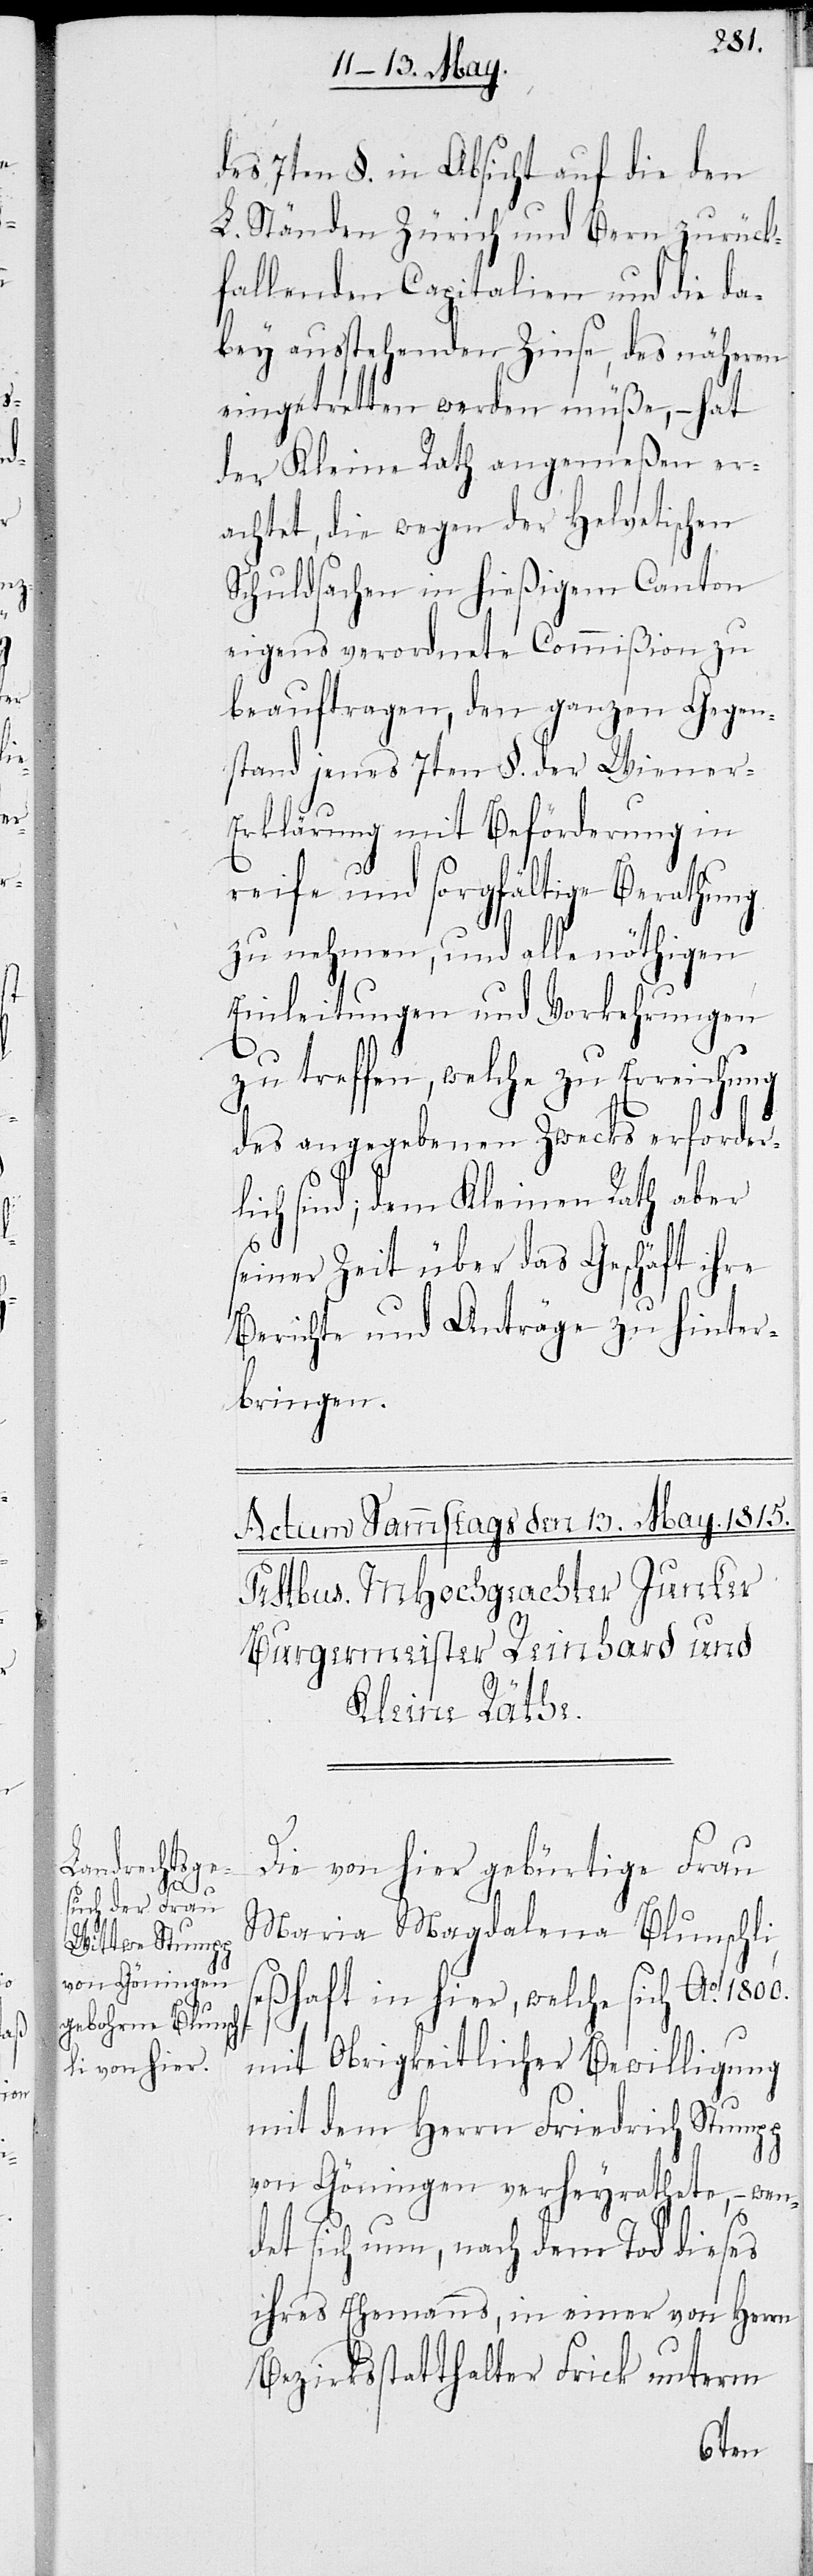
des 7ten §. in Absicht auf die den
L. Ständen Zürich und Bern zurück¬
fallenden Capitalien und die da¬
bey ausstehenden Zinse, des näheren
eingetretten werden müße, – hat
der Kleine Rath angemeßen er¬
achtet, die wegen der helvetischen
Schuldsachen in hießigem Canton
eigens verordnete Commißion zu
beauftragen, den ganzen Gegen¬
stand jenes 7ten §. der Wiener-E¬
rklärung mit Beförderung in
reife und sorgfältige Berathung
zu nehmen, und alle nöthigen
Einleitungen und Vorkehrungen
zu treffen, welche zu Erreichung
des angegebenen Zwecks erforder¬
lich sind; dem kleinen Rath aber
seiner Zeit über das Geschäft ihre
Berichte und Anträge zu hinter¬
bringen.
Die von hier gebürtige Frau
Maria Magdalena Blunschli,
seßhaft in hier, welche sich Ao. 1800.
mit Obrigkeitlicher Bewilligung
mit dem Herrn Friedrich Stumpp
von Göningen verheyrathete, – wen¬
det sich nun, nach dem Tod dieses
ihres Ehemanns, in einer von Herrn
Bezirksstatthalter Frick unterm